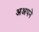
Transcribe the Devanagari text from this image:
अअपने